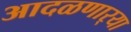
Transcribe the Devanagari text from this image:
आदळणार्‍या